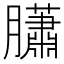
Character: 𦢩